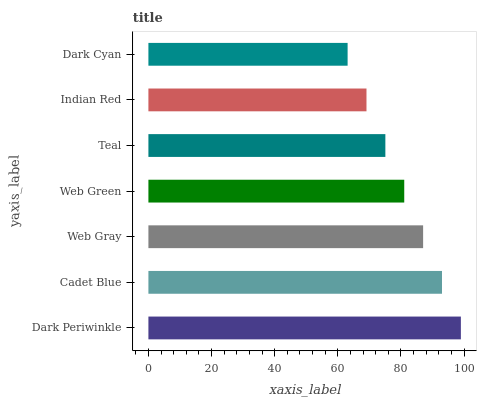
| yaxis_label | bars |
 | --- | --- |
 | Dark Periwinkle | 99 |
 | Cadet Blue | 93 |
 | Web Gray | 87 |
 | Web Green | 81.1 |
 | Teal | 75.1 |
 | Indian Red | 69.1 |
 | Dark Cyan | 63.1 |